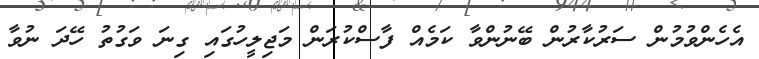
އެހެންވުމުން ސަރުކާރުން ބޭނުންވާ ކަމެއް ފާސްކުރަން މަޖިލީހުގައި ގިނަ ވަގުތު ހޭދަ ނުވާ